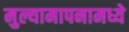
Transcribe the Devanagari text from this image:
मुल्यामापनामध्ये